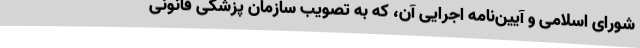
شورای اسلامی و آیین‌نامه اجرایی آن، که به تصویب سازمان پزشکی قانونی